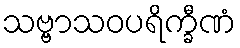
သဗ္ဗာသဝပရိက္ခီဏံ